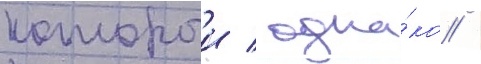
которыи / одна́ко /